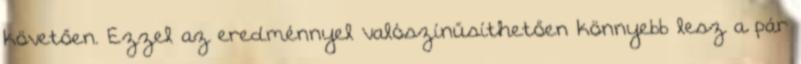
követően. Ezzel az eredménnyel valószínűsíthetően könnyebb lesz a pár